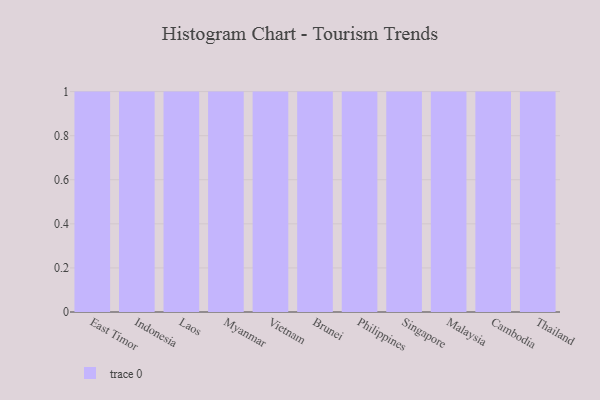
{"axis": {"x": "Country", "y": "Humidity (%)"}, "legend": [""], "data": [{"x": "East Timor", "y": 67, "type": ""}, {"x": "Indonesia", "y": 51, "type": ""}, {"x": "Laos", "y": 59, "type": ""}, {"x": "Myanmar", "y": 10, "type": ""}, {"x": "Vietnam", "y": 52, "type": ""}, {"x": "Brunei", "y": 14, "type": ""}, {"x": "Philippines", "y": 98, "type": ""}, {"x": "Singapore", "y": 90, "type": ""}, {"x": "Malaysia", "y": 35, "type": ""}, {"x": "Cambodia", "y": 33, "type": ""}, {"x": "Thailand", "y": 12, "type": ""}]}